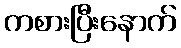
ကစားပြီးနောက်